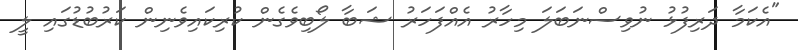
"އެކަމާ ދަރިފުޅު ނުވިސްނަބަލަ މިހާރު އެއްފަހަރު ޝަބާ ލޯބިވެގެން ކުރިކައިވެނިން ކަރުބުޑުގައި ލީ